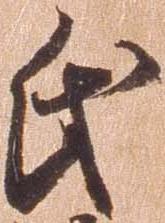
氏